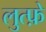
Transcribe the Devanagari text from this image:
लुत्फ़े